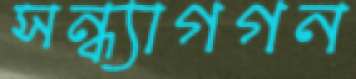
সন্ধ্যাগগন